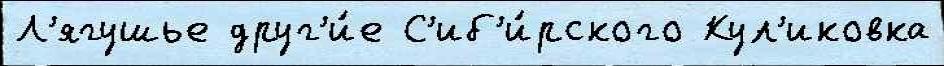
Л'ягушье друг'и́е С'иб'и́рского Кул'иковка